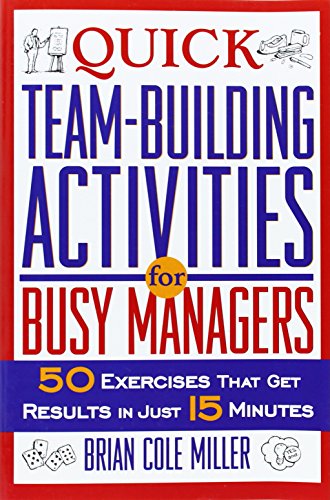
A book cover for Quick Team-Building Activities for Busy Managers: 50 Exercises That Get Results in Just 15 Minutes; Brian Cole Miller; Business & Money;